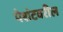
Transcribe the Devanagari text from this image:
पेशंटवरील